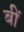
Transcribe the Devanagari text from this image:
बीं